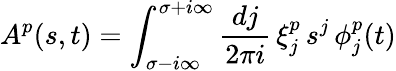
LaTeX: A_{}^{p}(s,t)=\int_{\sigma-i\infty}^{\sigma+i\infty}\frac{dj}{2\pi i}\, \xi_{j}^{p}\, s_{}^{j}\, \phi_{j}^{p}(t)